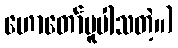
ဟောတော်မူပါသတဲ့။)